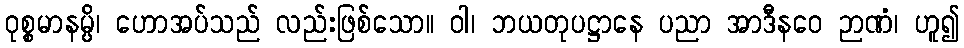
ဝုစ္စမာနမ္ပိ၊ ဟောအပ်သည် လည်းဖြစ်သော။ ဝါ၊ ဘယတုပဋ္ဌာနေ ပညာ အာဒီနဝေ ဉာဏံ၊ ဟူ၍